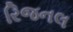
રિજનલ